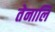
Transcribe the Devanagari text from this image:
तेनालि